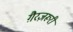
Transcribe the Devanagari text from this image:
ग़ैरज़रूरी